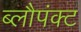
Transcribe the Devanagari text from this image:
ब्लौपंक्ट